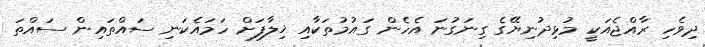
ދިވެހި ރާއްޖެއަކީ މުޅިދުނިޔޭގެ ގިނަގުނަ އެހެން ގައުމުތަކާއި ޚިލާފަށް ހަމައެކަނި ސައްތައިން ސައްތަ